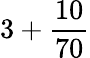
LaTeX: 3+\frac{10}{70}